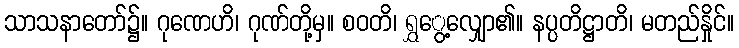
သာသနာတော်၌။ ဂုဏေဟိ၊ ဂုဏ်တို့မှ။ စဝတိ၊ ရွှွေ့လျှော၏။ နပ္ပတိဋ္ဌာတိ၊ မတည်နှိုင်။